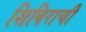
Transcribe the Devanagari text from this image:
शिबिराची